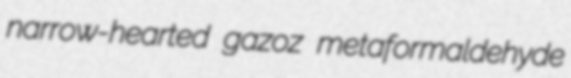
narrow-hearted gazoz metaformaldehyde